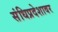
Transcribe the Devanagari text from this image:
संधिप्रदेशावर